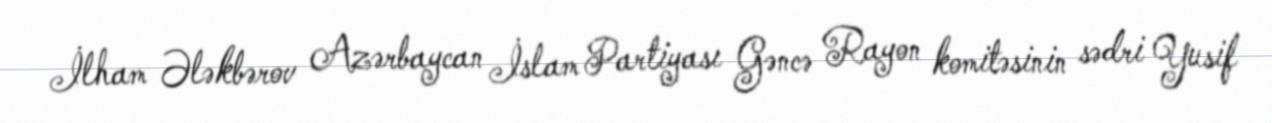
İlham Ələkbərov Azərbaycan İslam Partiyası Gəncə Rayon komitəsinin sədri Yusif